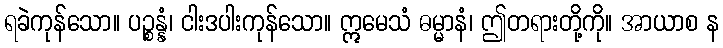
ရခဲကုန်သော။ ပဉ္စန္နံ၊ ငါးဒပါးကုန်သော။ ဣမေသံ ဓမ္မာနံ၊ ဤတရားတို့ကို။ အာယာစ န